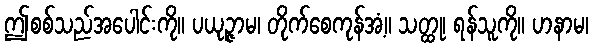
ဤစစ်သည်အပေါင်းကို။ ပယုဉ္ဇာမ၊ တိုက်စေကုန်အံ့။ သတ္ထု၊ ရန်သူကို။ ဟနာမ၊